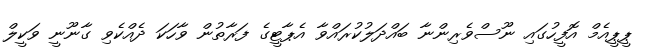
ޕީޕީއެމް އޮފީހުގައި ނޫސްވެރިންނާ ބައްދަލުކުރައްވާ އެޕާޓީގެ ފަރާތުން ވާހަކަ ދެއްކެވި ގާނޫނީ ވަކީލް